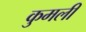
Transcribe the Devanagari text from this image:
कुमली